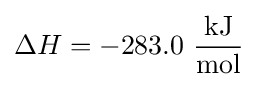
\Delta H=-283.0\ {\frac {\text{kJ}}{\text{mol}}}